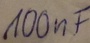
Text: 100nF